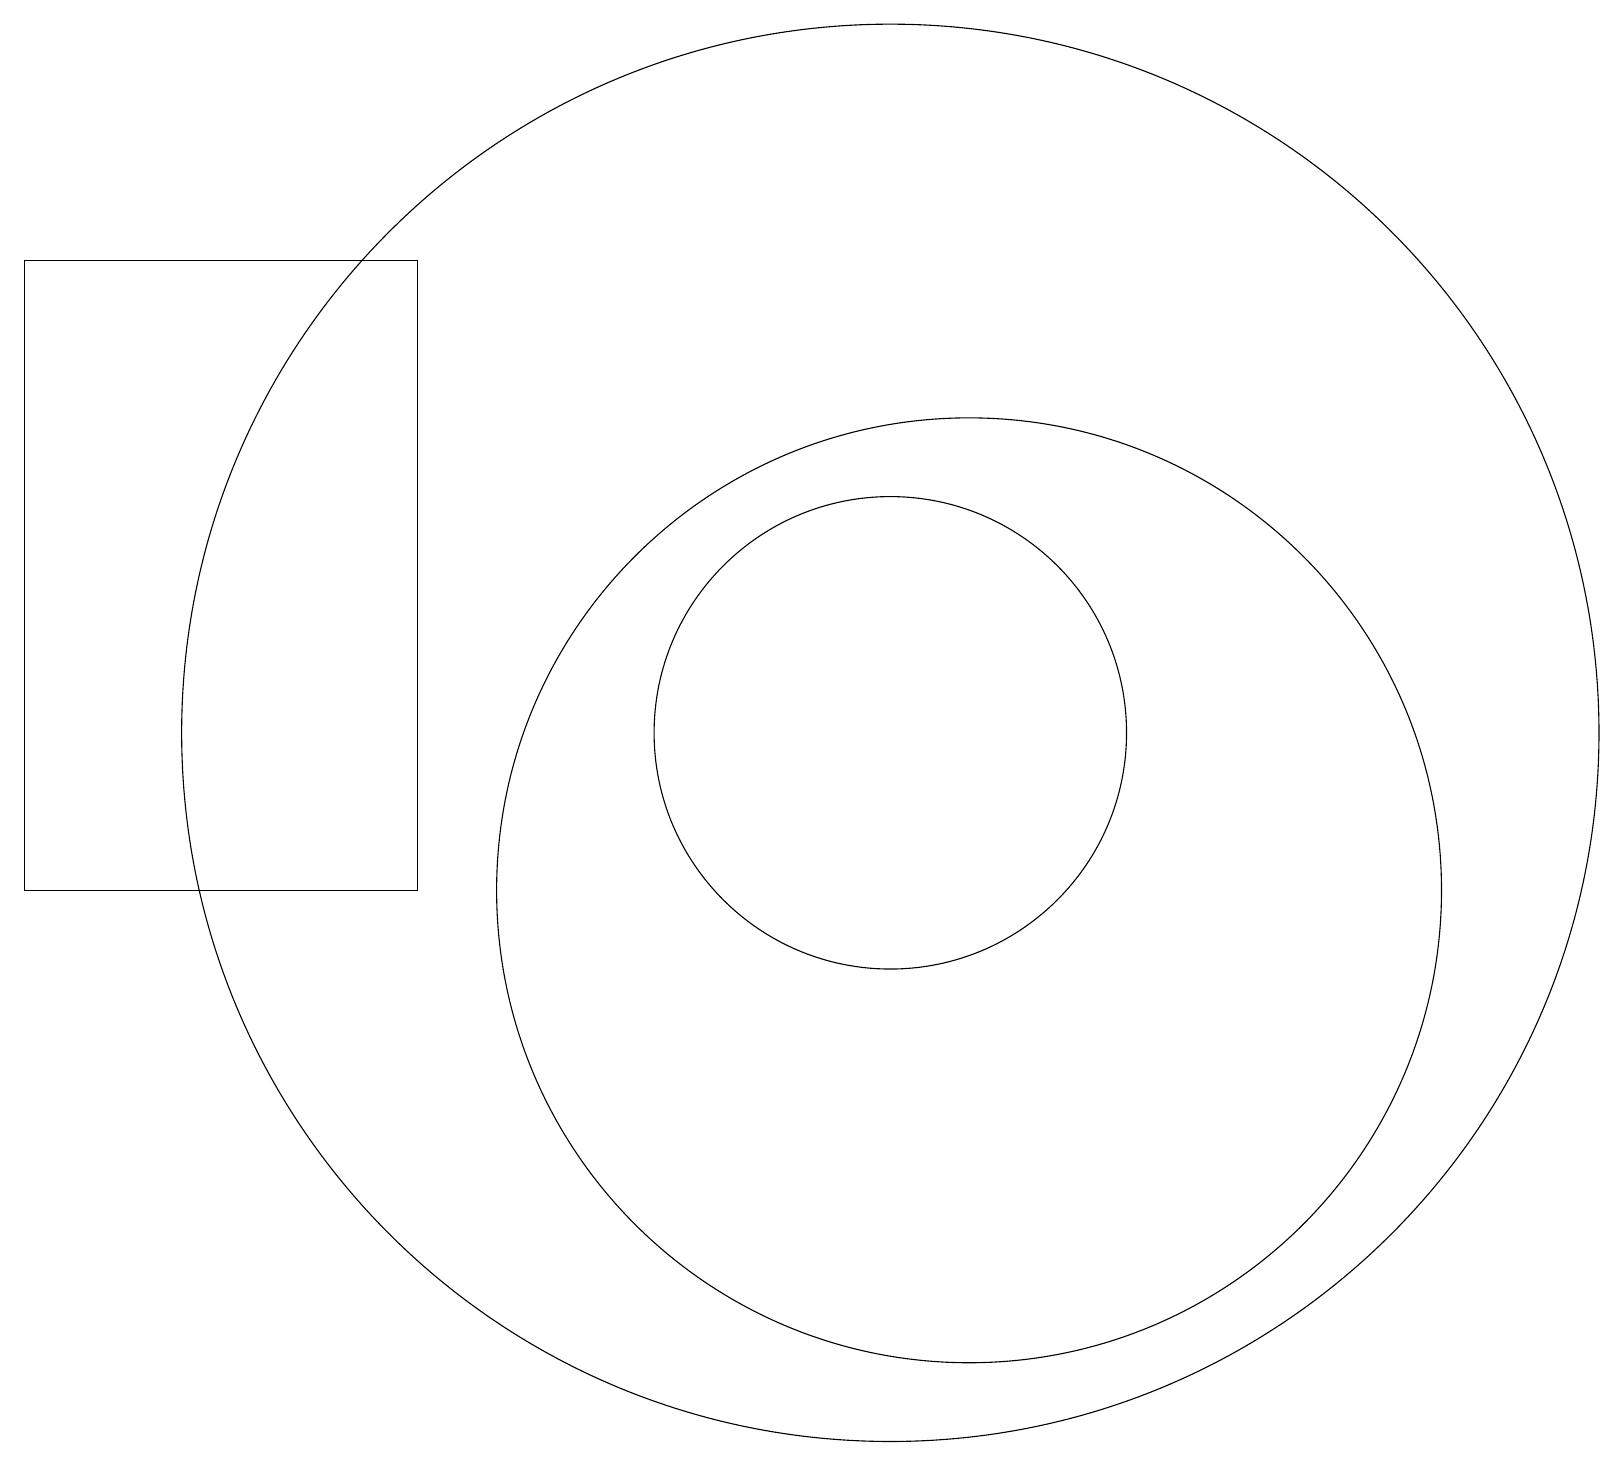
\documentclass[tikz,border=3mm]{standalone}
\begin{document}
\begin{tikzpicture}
\draw (11,12) circle (3);
\draw (11,12) circle (9);
\draw (0,18) rectangle (5,10);
\draw (12,10) circle (6);
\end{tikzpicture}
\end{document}